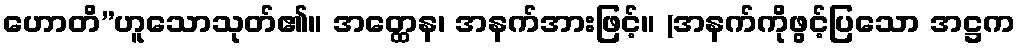
ဟောတိ”ဟူသောသုတ်၏။ အတ္ထေန၊ အနက်အားဖြင့်။ (အနက်ကိုဖွင့်ပြသော အဋ္ဌက